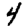
Digit: 4